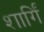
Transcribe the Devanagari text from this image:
शार्गिं